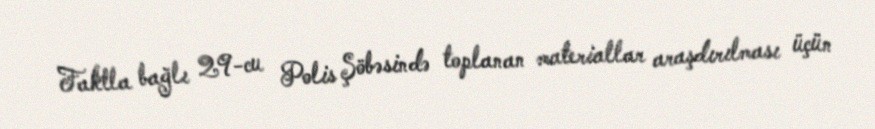
Faktla bağlı 29-cu Polis Şöbəsində toplanan materiallar araşdırılması üçün